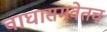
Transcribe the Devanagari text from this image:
वाघासमवेतच